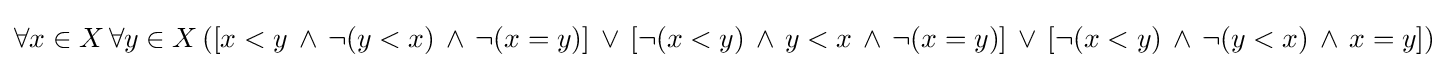
\forall x\in X\,\forall y\in X\,([x<y\,\land \,\lnot (y<x)\,\land \,\lnot (x=y)]\,\lor \,[\lnot (x<y)\,\land \,y<x\,\land \,\lnot (x=y)]\,\lor \,[\lnot (x<y)\,\land \,\lnot (y<x)\,\land \,x=y])